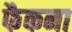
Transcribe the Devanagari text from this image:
फैकना